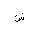
Letter: _shin